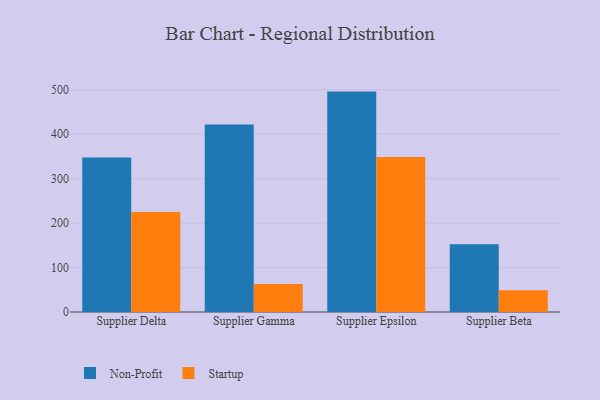
{"axis": {"x": "Supplier", "y": "Demand Index"}, "legend": ["Non-Profit", "Startup"], "data": [{"x": "Supplier Delta", "y": 347.6, "type": "Non-Profit"}, {"x": "Supplier Delta", "y": 225.0, "type": "Startup"}, {"x": "Supplier Gamma", "y": 422.0, "type": "Non-Profit"}, {"x": "Supplier Gamma", "y": 63.0, "type": "Startup"}, {"x": "Supplier Epsilon", "y": 495.9, "type": "Non-Profit"}, {"x": "Supplier Epsilon", "y": 348.8, "type": "Startup"}, {"x": "Supplier Beta", "y": 152.3, "type": "Non-Profit"}, {"x": "Supplier Beta", "y": 48.7, "type": "Startup"}]}